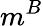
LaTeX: m^{B}